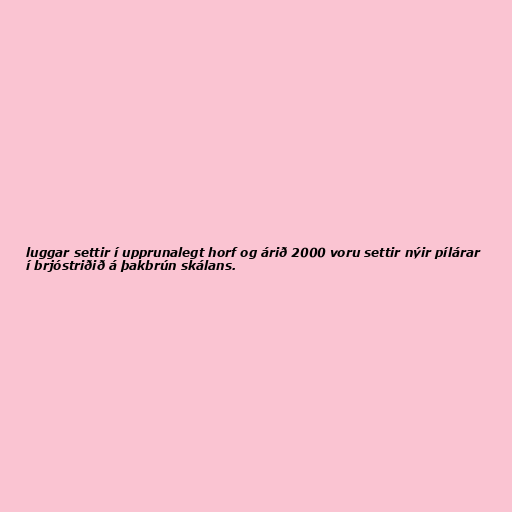
luggar settir í upprunalegt horf og árið 2000 voru settir nýir pílárar
í brjóstriðið á þakbrún skálans.